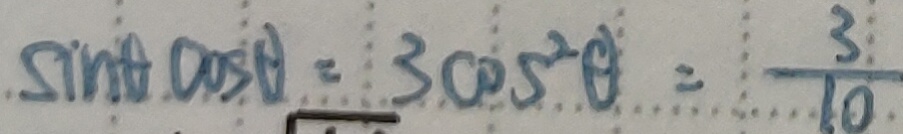
\sin \theta \cos \theta = 3 \cos ^ { 2 } \theta = \frac { 3 } { 1 0 }